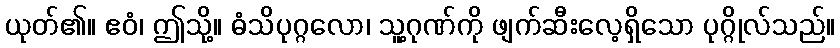
ယုတ်၏။ ဧဝံ၊ ဤသို့။ ဓံသိပုဂ္ဂလော၊ သူ့ဂုဏ်ကို ဖျက်ဆီးလေ့ရှိသော ပုဂ္ဂိုလ်သည်။